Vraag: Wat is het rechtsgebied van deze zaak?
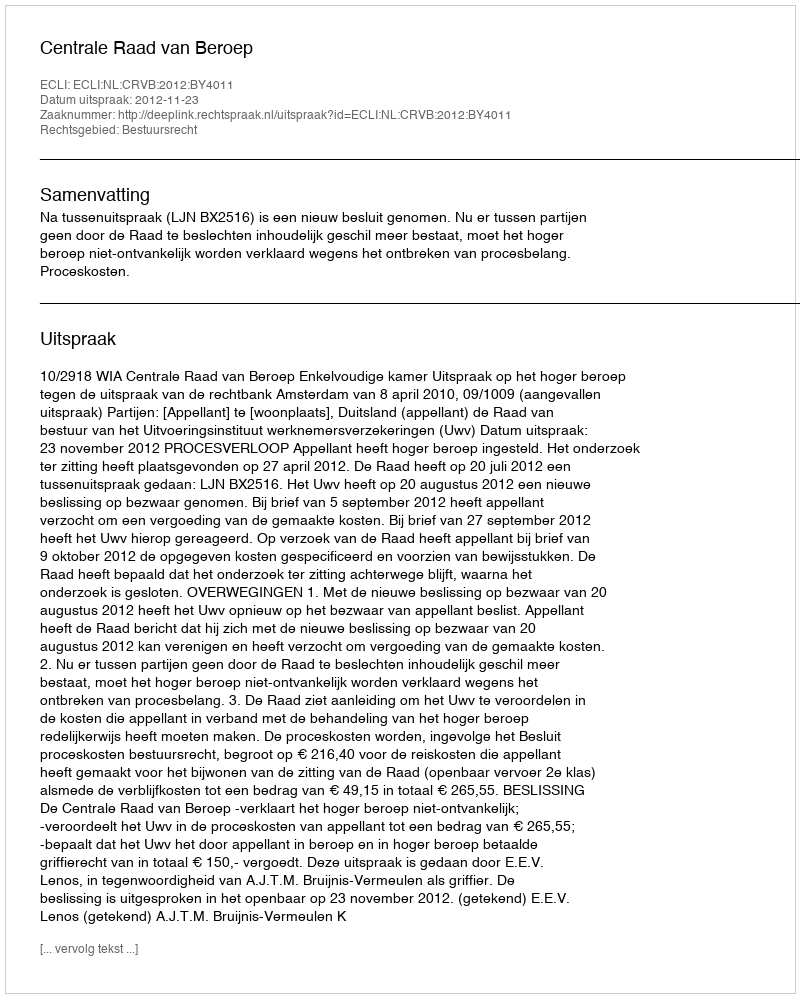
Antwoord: Bestuursrecht